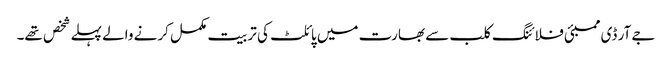
جے آر ڈی ممبئی فلائنگ کلب سے بھارت میں پائلٹ کی تربیت مکمل کرنے والے پہلے شخص تھے۔